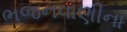
ભજનવાણીના